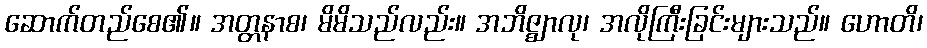
ဆောက်တည်စေ၏။ အတ္တနာစ၊ မိမိသည်လည်း။ အဘိဇ္ဈာလု၊ အလိုကြီးခြင်းများသည်။ ဟောတိ၊